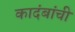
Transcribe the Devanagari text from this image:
कादंबांची